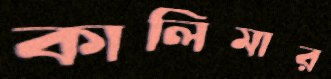
কালিমার